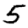
Digit: 5